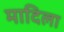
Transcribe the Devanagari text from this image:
मादिला